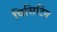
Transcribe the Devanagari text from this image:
विसिटिंग